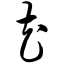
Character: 花